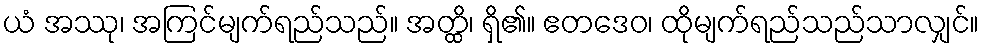
ယံ အဿု၊ အကြင်မျက်ရည်သည်။ အတ္ထိ၊ ရှိ၏။ ဧတဒေဝ၊ ထိုမျက်ရည်သည်သာလျှင်။